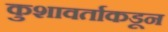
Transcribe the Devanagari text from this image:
कुशावर्ताकडून